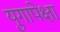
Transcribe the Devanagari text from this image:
युगापेक्षा